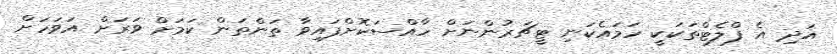
އަދި އެ ފްލެޓްތަކަކީ ހަމައެކަނި ޓީޗަރުންނަށް ހާއްސަކޮށްފައިވާ ތަންތަން ކަމަށް ވަރަށް އަވަހަށް